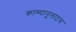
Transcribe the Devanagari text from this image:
काम्पानूलाटम